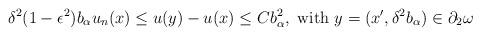
LaTeX: \begin{align*}\delta^2 (1 - \epsilon^2) b_{\alpha} u_n (x) \leq u(y) - u(x) \leq C b_{\alpha}^2, \mbox{ with } y = (x', \delta^2 b_\alpha) \in \partial_2 \omega\end{align*}